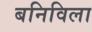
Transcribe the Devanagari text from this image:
बनिविला